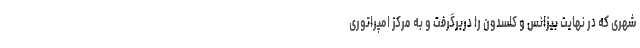
شهری که در نهایت بیزانس و کلسدون را دربرگرفت و به مرکز امپراتوری